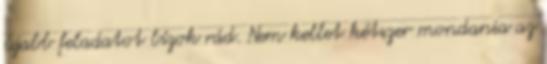
újabb feladatot bízok rád. Nem kellet kétszer mondania az